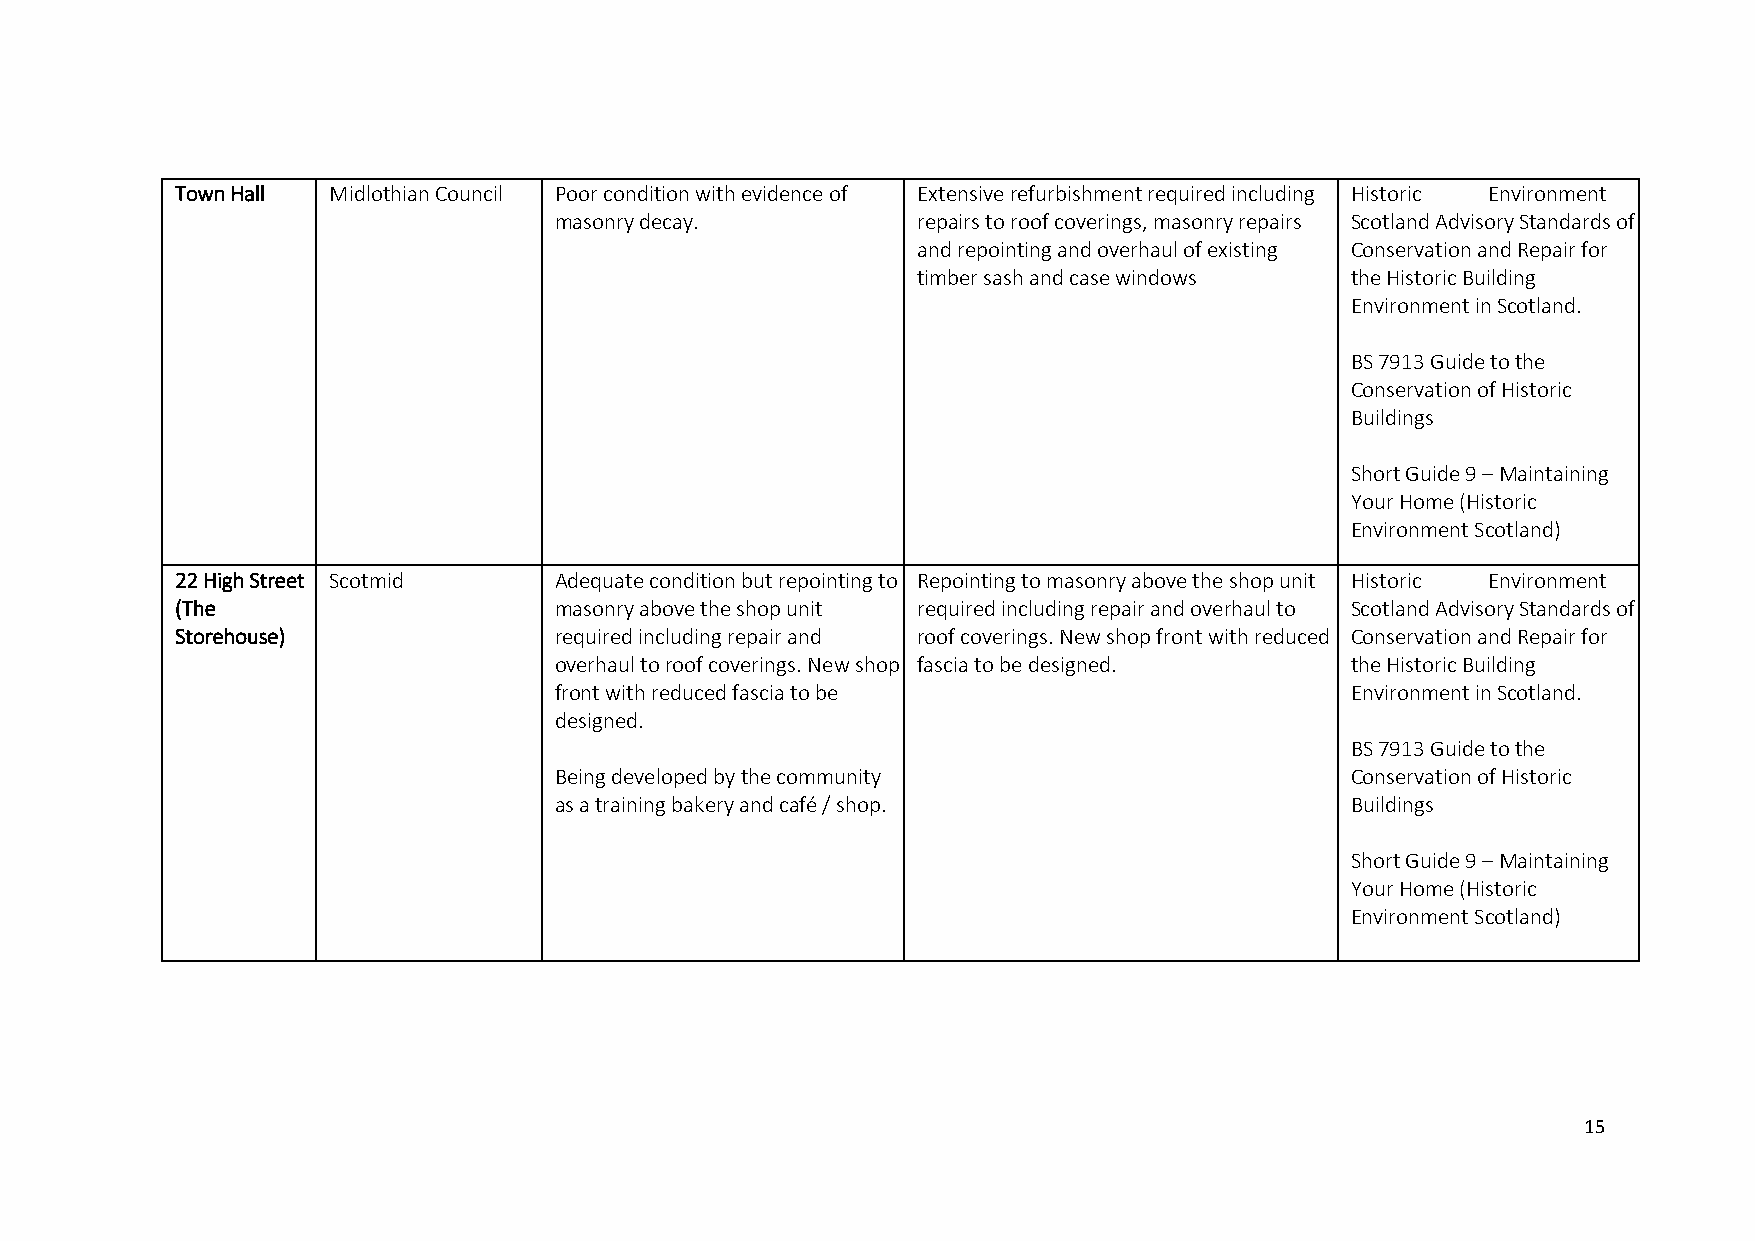
Town Hall Midlothian Council Poor condition with evidence of Extensive refurbishment required including Historic Environment
 masonry decay.          repairs to roof coverings, masonry repairs Scotland Advisory Standards of
 and repointing and overhaul of existing Conservation and Repair for
 timber sash and case windows the Historic Building
 Environment in Scotland.
 BS 7913 Guide to the
 Conservation of Historic
 Buildings
 Short Guide 9 – Maintaining
 Your Home (Historic
 Environment Scotland)
 22 High Street Scotmid   Adequate condition but repointing to Repointing to masonry above the shop unit Historic Environment
 (The                     masonry above the shop unit required including repair and overhaul to Scotland Advisory Standards of
 Storehouse)              required including repair and roof coverings. New shop front with reduced Conservation and Repair for
 overhaul to roof coverings. New shop fascia to be designed. the Historic Building
 front with reduced fascia to be                     Environment in Scotland.
 designed.
 BS 7913 Guide to the
 Being developed by the community                    Conservation of Historic
 as a training bakery and café / shop.               Buildings
 Short Guide 9 – Maintaining
 Your Home (Historic
 Environment Scotland)
 15